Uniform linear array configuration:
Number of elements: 16
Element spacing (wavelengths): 0.25
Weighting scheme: hamming
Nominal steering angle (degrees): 45
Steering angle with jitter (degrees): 43.637
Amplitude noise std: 0.05
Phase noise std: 0.05

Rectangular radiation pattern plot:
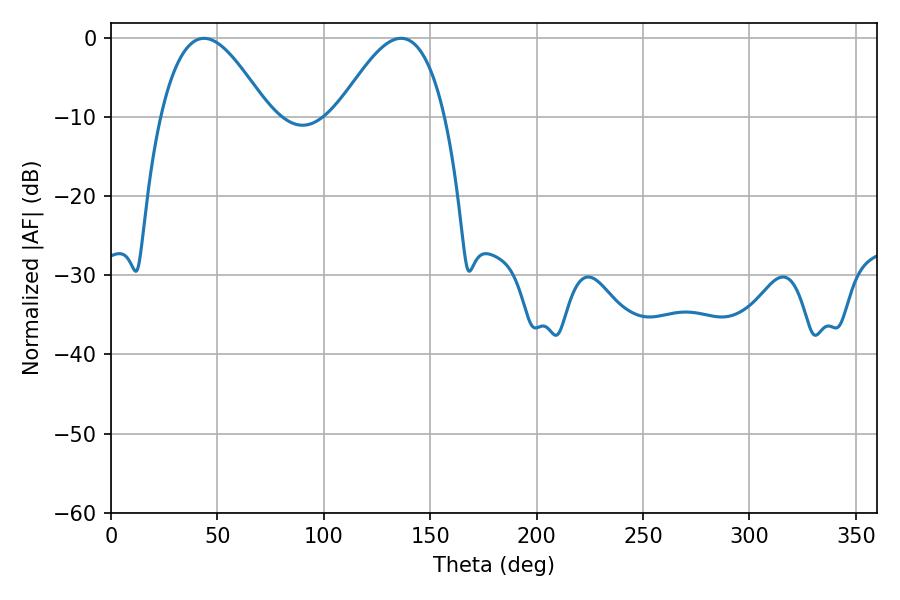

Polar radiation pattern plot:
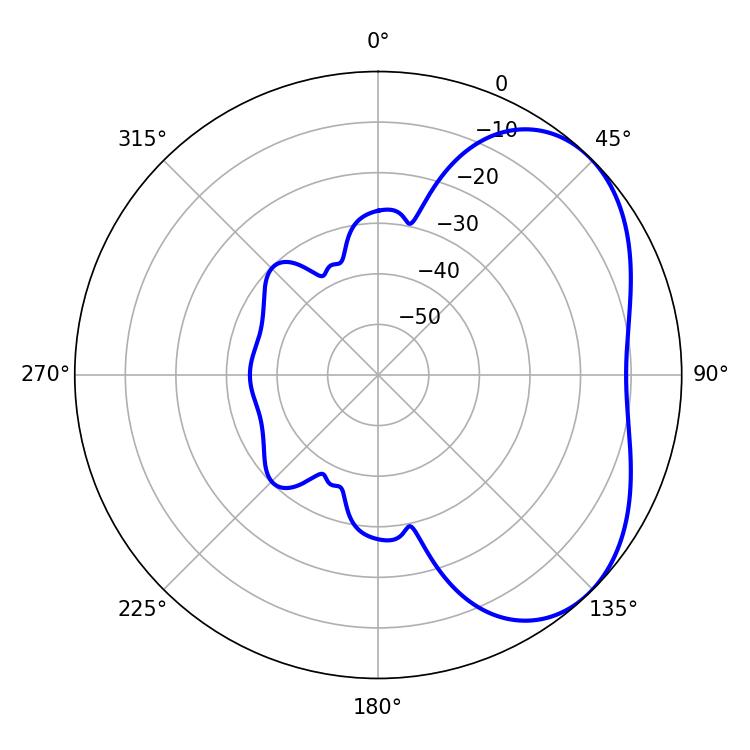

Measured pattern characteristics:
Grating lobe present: FALSE
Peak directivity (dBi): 4.102
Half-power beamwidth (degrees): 27.36
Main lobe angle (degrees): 43.74